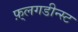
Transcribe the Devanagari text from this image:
फ़्लगडीन्स्ट